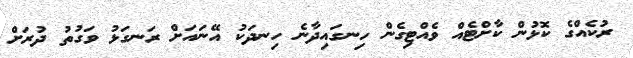
ރުކެއްގެ ކޮޅުން ކާށްޓެއް ވެއްޓިގެން ހިނގައިދާނެ ހިނދަކު އޭނައަށް ރަނގަޅު ވަގުތު ދުރަށް